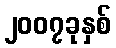
၂၀၀၇ခုနှစ်